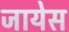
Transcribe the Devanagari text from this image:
जायेस